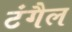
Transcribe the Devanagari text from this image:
टंगैल